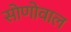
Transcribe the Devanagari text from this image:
सोणोवाल